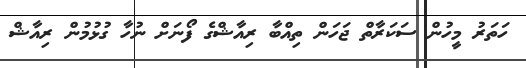
ހަތަރު މީހުން ސަކަރާތް ޖަހަން ތިއްބާ ރިއާޝްގެ ފޯނަށް ނުހާ ގުޅުމުން ރިއާޝް